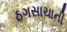
ઠગસાચાની